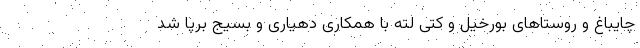
چایباغ و روستاهای بورخیل و کتی لته با همکاری دهیاری و بسیج برپا شد